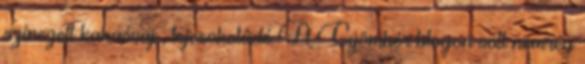
színezett kakaóvaj , tejcsokoládé A Gyömbér blogon volt nemrég